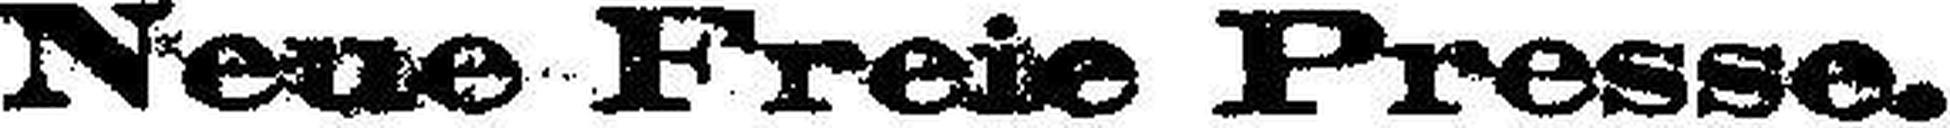
Neue Freie Presse.